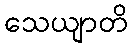
သေယျာတိ